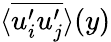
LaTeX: \textlangle\overline{{u_{i}^{\prime}u_{j}^{\prime}}}\textrangle(y)